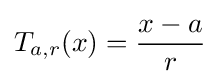
T_{a,r}(x)={\frac {x-a}{r}}